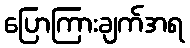
ပြောကြားချက်အရ